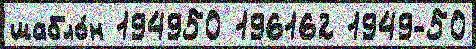
шабло́н 194950 196162 1949-50